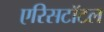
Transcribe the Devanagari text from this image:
एरिसटॉटल